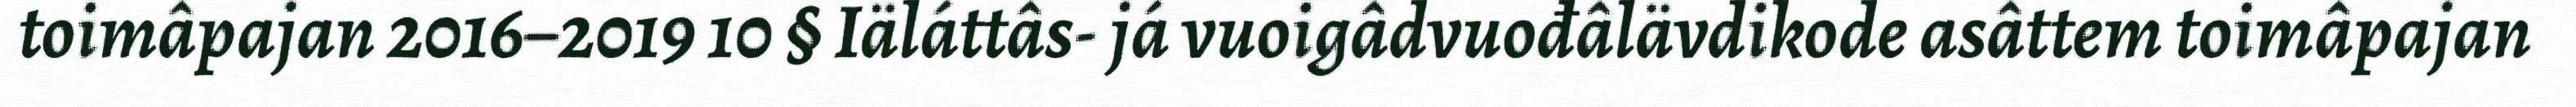
toimâpajan 2016–2019 10 § Iäláttâs- já vuoigâdvuođâlävdikode asâttem toimâpajan